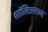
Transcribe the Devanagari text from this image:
शांतिप्रसाद